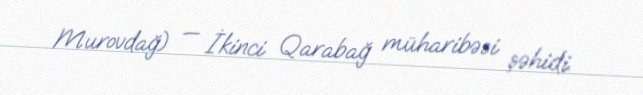
Murovdağ) — İkinci Qarabağ müharibəsi şəhidi.